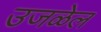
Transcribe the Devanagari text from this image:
उजळेल